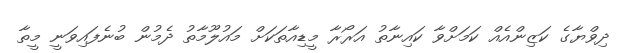
ދިވްޔާގެ ކަޒިންއެއް ކަމަށްވާ ކައިނާތު އަރޯރާ މީޑިއާތަކަށް މައުލޫމާތު ދެމުން ބުނެފައިވަނީ މީތާ